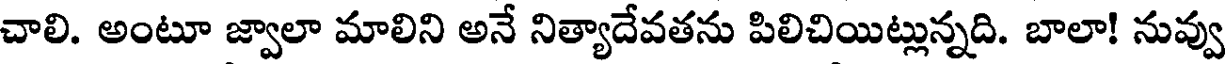
చాలి. అంటూ జ్వాలా మాలిని అనే నిత్యాదేవతను పిలిచియిట్లున్నది. బాలా! నువ్వు